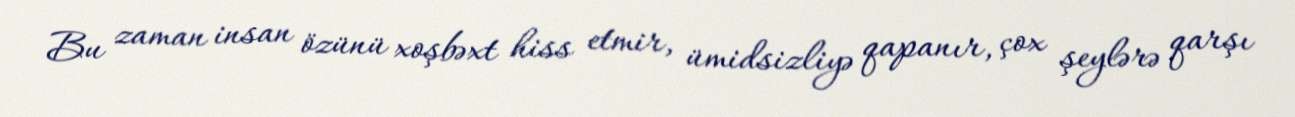
Bu zaman insan özünü xoşbəxt hiss etmir, ümidsizliyə qapanır, çox şeylərə qarşı